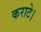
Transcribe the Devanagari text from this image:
कराटे।